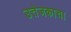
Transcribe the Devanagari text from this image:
उत्तेजकाचा